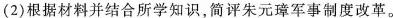
(2)根据材料并结合所学知识，简评朱元璋军事制度改革。